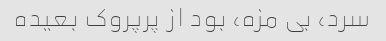
سرد، بی مزه، بود از پرپروک بعیده